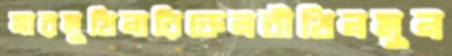
মারমুখিনারিকেলবীথিনমুন